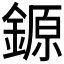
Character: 𨪛